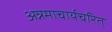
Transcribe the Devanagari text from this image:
अन्नमाचार्यचरित्